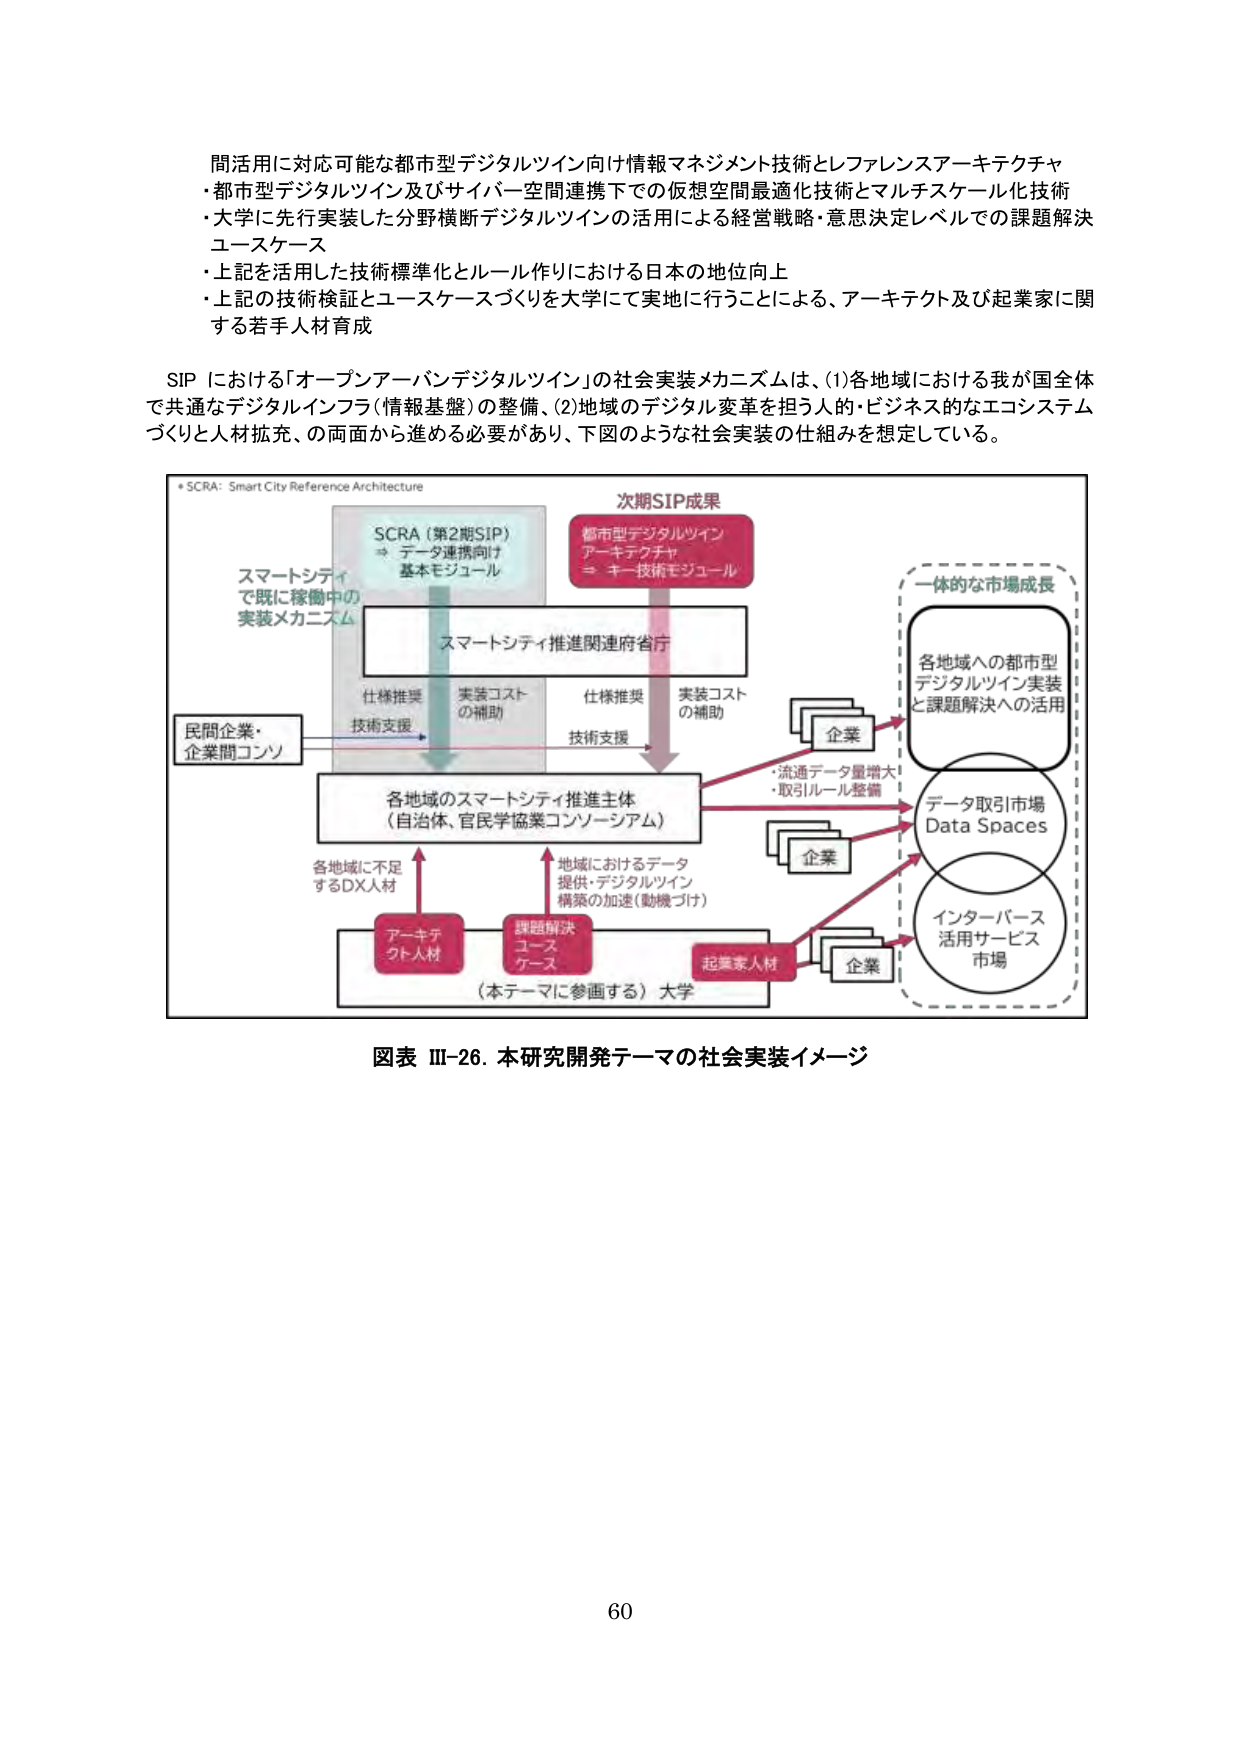
間活用に対応可能な都市型デジタルツイン向け情報マネジメント技術とレファレンスアーキテクチャ
・都市型デジタルツイン及びサイバー空間連携下での仮想空間最適化技術とマルチスケール化技術
・大学に先行実装した分野横断デジタルツインの活用による経営戦略・意思決定レベルでの課題解決ユースケース
・上記を活用した技術標準化とルール作りにおける日本の地位向上
・上記の技術検証とユースケースづくりを大学にて実地に行うことによる、アーキテクト及び起業家に関する若手人材育成

SIP における「オープンアーバンデジタルツイン」の社会実装メカニズムは、(1)各地域における我が国全体で共通なデジタルインフラ（情報基盤）の整備、(2)地域のデジタル変革を担う人的・ビジネス的なエコシステムづくりと人材拡充、の両面から進める必要があり、下図のような社会実装の仕組みを想定している。

* SCRA: Smart City Reference Architecture
スマートシティ
で既に稼働中の
実装メカニズム

SCRA（第2期SIP）
⇒ データ連携向け
基本モジュール

次期SIP成果
都市型デジタルツイン
アーキテクチャ
⇒ キー技術モジュール

スマートシティ推進関連府省庁

民間企業・
企業間コンソ

仕様推奨
技術支援
実装コスト
の補助

仕様推奨
技術支援
実装コスト
の補助

各地区のスマートシティ推進主体
（自治体、官民学協業コンソーシアム）

各地域に不足
するDX人材

アーキテ
クト人材

課題解決
ユース
ケース

（本テーマに参画する）大学

地域におけるデータ
提供・デジタルツイン
構築の加速（動機づけ）

起業家人材

企業

企業

企業

一体的な市場成長

各地域への都市型
デジタルツイン実装
と課題解決への活用

・流通データ量増大
・取引ルール整備

データ取引市場
Data Spaces

インターパース
活用サービス
市場

図表 Ⅲ-26. 本研究開発テーマの社会実装イメージ

60